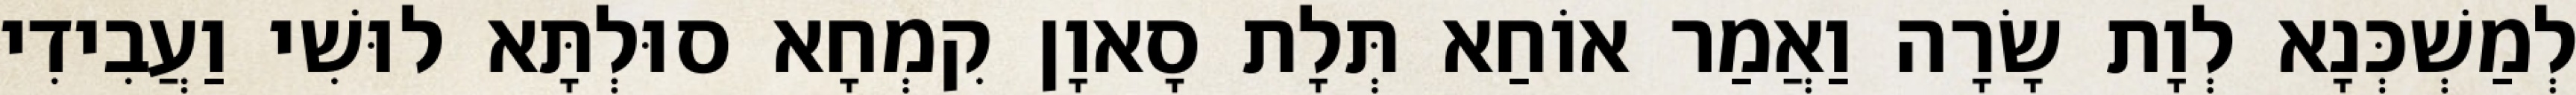
לְמַשְׁכְּנָא לְוָת שָׂרָה וַאֲמַר אוֹחַא תְּלָת סָאוָן קִמְחָא סוּלְתָּא לוּשִׁי וַעֲבִידִי